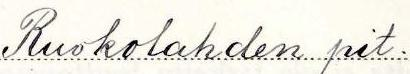
Ruokolahden pit.